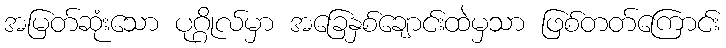
အမြတ်ဆုံးသော ပုဂ္ဂိုလ်မှာ အခြေနှစ်ချောင်းထဲမှသာ ဖြစ်တတ်ကြောင်း